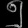
Digit: ၅